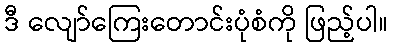
ဒီ လျော်ကြေးတောင်းပုံစံကို ဖြည့်ပါ။